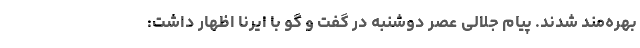
بهره‌مند شدند. پیام جلالی عصر دوشنبه در گفت و گو با ایرنا اظهار داشت: